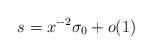
LaTeX: \begin{align*}s = x^{-2} \sigma_0 + o(1)\end{align*}